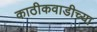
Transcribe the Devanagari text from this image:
काठीकवाडीच्या